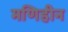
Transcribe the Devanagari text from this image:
मणिहीन